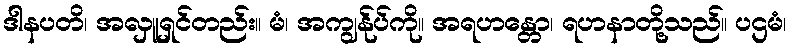
ဒါနပတိ၊ အလှူရှင်တည်း။ မံ၊ အကျွန်ုပ်ကို။ အရဟန္တော၊ ရဟနာတို့သည်။ ပဌမံ၊